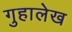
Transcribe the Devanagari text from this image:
गुहालेख